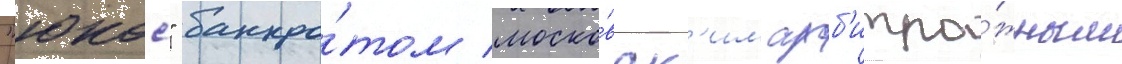
"юкос" банкро́том моско́вск'им арб'итра́жным